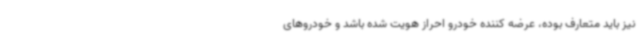
نیز باید متعارف بوده، عرضه کننده خودرو احراز هویت شده باشد و خودروهای